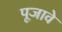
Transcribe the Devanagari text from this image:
पूजावे